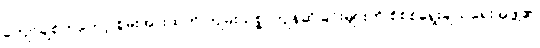
ကျော်ချစ်ကတော့ စွမ်းအားထက် ကျမ်းသစ္စာကျိန်ဆိုခြင်းများကို စိစစ်ရွေးချယ်ရေးအဖွဲ့၏